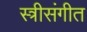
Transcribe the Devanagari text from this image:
स्त्रीसंगीत